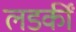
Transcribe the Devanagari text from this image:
लडकीं